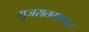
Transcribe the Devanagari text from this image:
गुजरातमण्डल